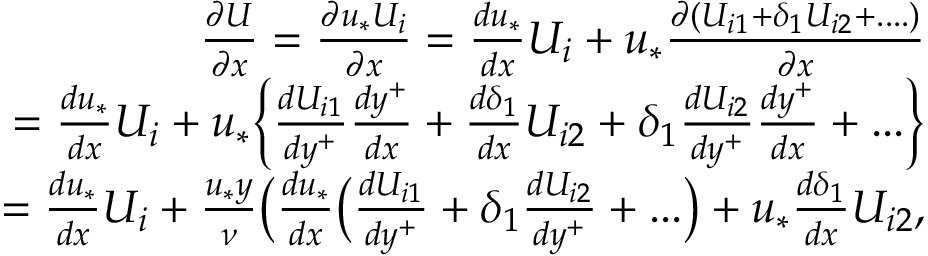
\begin{array} { r } { \frac { \partial U } { \partial x } = \frac { \partial u _ { * } U _ { i } } { \partial x } = \frac { d u _ { * } } { d x } U _ { i } + u _ { * } \frac { \partial ( U _ { i 1 } + { \delta _ { 1 } } U _ { i 2 } + . . . . ) } { \partial x } } \\ { = \frac { d u _ { * } } { d x } U _ { i } + u _ { * } \Big \{ \frac { d U _ { i 1 } } { d y ^ { + } } \frac { d y ^ { + } } { d x } + \frac { d \delta _ { 1 } } { d x } U _ { i 2 } + \delta _ { 1 } \frac { d U _ { i 2 } } { d y ^ { + } } \frac { d y ^ { + } } { d x } + . . . \Big \} } \\ { = \frac { d u _ { * } } { d x } U _ { i } + \frac { u _ { * } y } { \nu } \big ( \frac { d u _ { * } } { d x } \big ( \frac { d U _ { i 1 } } { d y ^ { + } } + \delta _ { 1 } \frac { d U _ { i 2 } } { d y ^ { + } } + . . . \big ) + u _ { * } \frac { d \delta _ { 1 } } { d x } U _ { i 2 } , } \end{array}